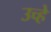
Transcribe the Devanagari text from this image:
उच्हे